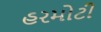
હરમોટી